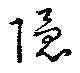
隱